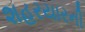
શહરયારની